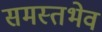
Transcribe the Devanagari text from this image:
समस्तभेव